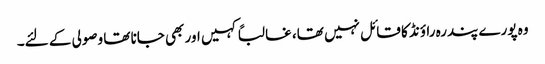
وہ پورے پندرہ راؤنڈ کا قائل نہیں تھا، غالباً کہیں اور بھی جانا تھا وصولی کے لئے۔